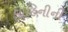
વાહિનીની